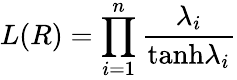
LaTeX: L(R)=\prod_{i=1}^{n}{\frac{\lambda_{i}}{\mathrm{tanh}\lambda_{i}}}